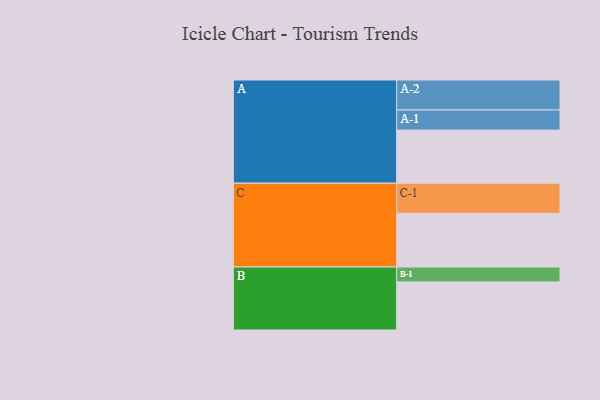
{"axis": {"x": "Segment", "y": "Value"}, "legend": ["", "A", "B", "C"], "data": [{"x": "A", "y": 445, "type": ""}, {"x": "B", "y": 403, "type": ""}, {"x": "C", "y": 450, "type": ""}, {"x": "A-1", "y": 169, "type": "A"}, {"x": "A-2", "y": 251, "type": "A"}, {"x": "B-1", "y": 125, "type": "B"}, {"x": "C-1", "y": 253, "type": "C"}]}